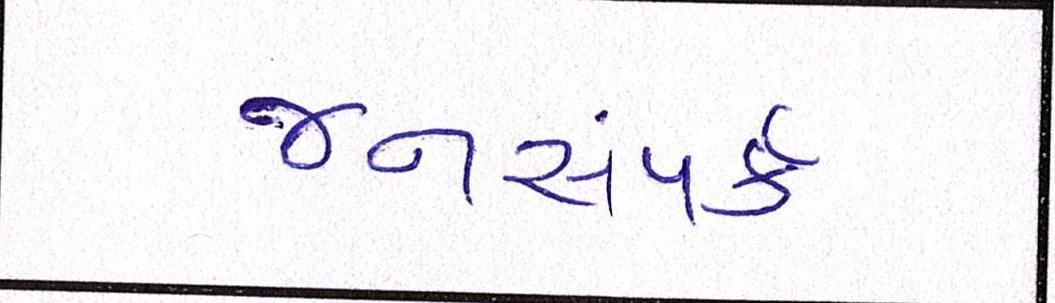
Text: જનસંપર્ક